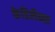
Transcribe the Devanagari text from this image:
केडिलैक्‍स